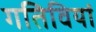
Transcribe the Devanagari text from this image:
गतिवियां